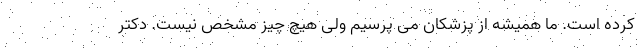
کرده است. ما همیشه از پزشکان می پرسیم ولی هیچ چیز مشخص نیست. دکتر